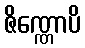
ဇိဏ္ဏောပိ